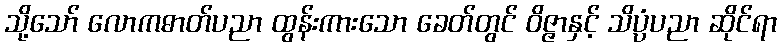
သို့သော် လောကဓာတ်ပညာ ထွန်းကားသော ခေတ်တွင် ဝိဇ္ဇာနှင့် သိပ္ပံပညာ ဆိုင်ရာ